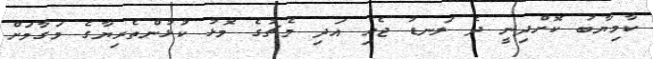
ކާމިޔާބު ކޮށްދިނީ ދެ ލަނޑު ޖެހި އަދި މެޗުގެ މޮޅު ކުޅުންތެރިޔާގެ މަގާމަށް